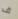
ف